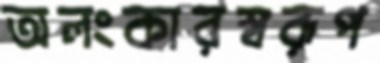
অলংকারস্বরূপ